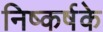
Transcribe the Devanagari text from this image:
निष्कर्षके